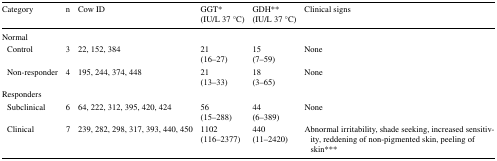
<table><thead><tr><td><b>Category</b></td><td><b>n</b></td><td><b>Cow ID</b></td><td><b>GGT*(IU/L 37 °C)</b></td><td><b>GDH**(IU/L 37 °C)</b></td><td><b>Clinical signs</b></td></tr></thead><tbody><tr><td colspan="6">Normal</td></tr><tr><td> Control</td><td>3</td><td>22, 152, 384</td><td>21(16–27)</td><td>15(7–59)</td><td>None</td></tr><tr><td> Non-responder</td><td>4</td><td>195, 244, 374, 448</td><td>21(13–33)</td><td>18(3–65)</td><td>None</td></tr><tr><td colspan="6">Responders</td></tr><tr><td> Subclinical</td><td>6</td><td>64, 222, 312, 395, 420, 424</td><td>56(15–288)</td><td>44(6–389)</td><td>None</td></tr><tr><td> Clinical</td><td>7</td><td>239, 282, 298, 317, 393, 440, 450</td><td>1102(116–2377)</td><td>440(11–2420)</td><td>Abnormal irritability, shade seeking, increased sensitivity, reddening of non-pigmented skin, peeling of skin***</td></tr></tbody></table>